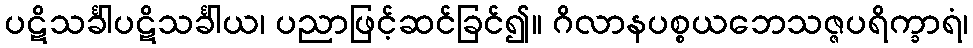
ပဋိသင်္ခါပဋိသင်္ခါယ၊ ပညာဖြင့်ဆင်ခြင်၍။ ဂိလာနပစ္စယဘေသဇ္ဇပရိက္ခာရံ၊